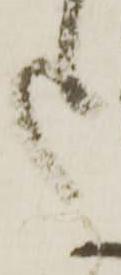
た